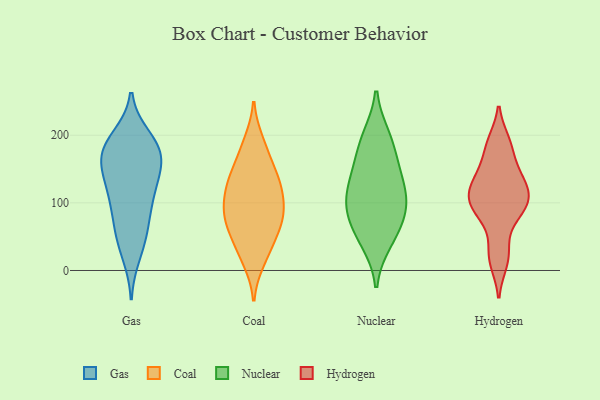
{"axis": {"x": "Conversion Rate (%)", "y": "Value"}, "legend": ["Coal", "Gas", "Hydrogen", "Nuclear"], "data": [{"x": "", "y": 184, "type": "Gas"}, {"x": "", "y": 172, "type": "Gas"}, {"x": "", "y": 54, "type": "Gas"}, {"x": "", "y": 186, "type": "Gas"}, {"x": "", "y": 47, "type": "Gas"}, {"x": "", "y": 170, "type": "Gas"}, {"x": "", "y": 130, "type": "Gas"}, {"x": "", "y": 196, "type": "Gas"}, {"x": "", "y": 24, "type": "Gas"}, {"x": "", "y": 173, "type": "Gas"}, {"x": "", "y": 133, "type": "Gas"}, {"x": "", "y": 107, "type": "Gas"}, {"x": "", "y": 81, "type": "Gas"}, {"x": "", "y": 91, "type": "Gas"}, {"x": "", "y": 132, "type": "Gas"}, {"x": "", "y": 162, "type": "Gas"}, {"x": "", "y": 52, "type": "Coal"}, {"x": "", "y": 34, "type": "Coal"}, {"x": "", "y": 15, "type": "Coal"}, {"x": "", "y": 76, "type": "Coal"}, {"x": "", "y": 85, "type": "Coal"}, {"x": "", "y": 169, "type": "Coal"}, {"x": "", "y": 128, "type": "Coal"}, {"x": "", "y": 90, "type": "Coal"}, {"x": "", "y": 75, "type": "Coal"}, {"x": "", "y": 130, "type": "Coal"}, {"x": "", "y": 114, "type": "Coal"}, {"x": "", "y": 139, "type": "Coal"}, {"x": "", "y": 190, "type": "Coal"}, {"x": "", "y": 149, "type": "Nuclear"}, {"x": "", "y": 106, "type": "Nuclear"}, {"x": "", "y": 99, "type": "Nuclear"}, {"x": "", "y": 108, "type": "Nuclear"}, {"x": "", "y": 196, "type": "Nuclear"}, {"x": "", "y": 77, "type": "Nuclear"}, {"x": "", "y": 58, "type": "Nuclear"}, {"x": "", "y": 140, "type": "Nuclear"}, {"x": "", "y": 44, "type": "Nuclear"}, {"x": "", "y": 187, "type": "Nuclear"}, {"x": "", "y": 144, "type": "Hydrogen"}, {"x": "", "y": 90, "type": "Hydrogen"}, {"x": "", "y": 189, "type": "Hydrogen"}, {"x": "", "y": 13, "type": "Hydrogen"}, {"x": "", "y": 115, "type": "Hydrogen"}, {"x": "", "y": 182, "type": "Hydrogen"}, {"x": "", "y": 120, "type": "Hydrogen"}, {"x": "", "y": 140, "type": "Hydrogen"}, {"x": "", "y": 30, "type": "Hydrogen"}, {"x": "", "y": 109, "type": "Hydrogen"}, {"x": "", "y": 83, "type": "Hydrogen"}, {"x": "", "y": 95, "type": "Hydrogen"}]}